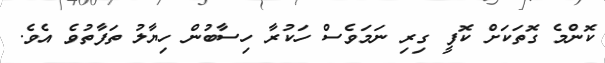
ކޮންމެ ގޮތަކަށް ކޮފީ ގިރި ނަމަވެސް ހަކުރާ ހިސާބުން ހިޔާލު ތަފާތުވެ އެވެ.